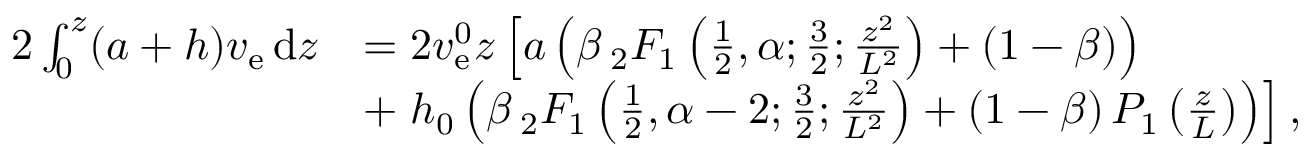
\begin{array} { r l } { 2 \int _ { 0 } ^ { z } ( a + h ) v _ { \mathrm { e } } \, \mathrm { d } z } & { = 2 v _ { \mathrm { e } } ^ { 0 } z \left[ a \left( \beta \, _ { 2 } F _ { 1 } \left( \frac { 1 } { 2 } , \alpha ; \frac { 3 } { 2 } ; \frac { z ^ { 2 } } { L ^ { 2 } } \right) + ( 1 - \beta ) \right) \right. } \\ & { + \left. h _ { 0 } \left( \beta \, _ { 2 } F _ { 1 } \left( \frac { 1 } { 2 } , \alpha - 2 ; \frac { 3 } { 2 } ; \frac { z ^ { 2 } } { L ^ { 2 } } \right) + ( 1 - \beta ) \, { \cal P } _ { 1 } \left( \frac { z } { L } \right) \right) \right] , } \end{array}